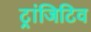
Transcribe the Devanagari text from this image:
ट्रांजिटिव